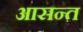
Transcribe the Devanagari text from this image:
आसन्त